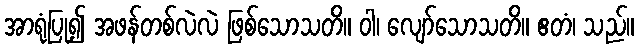
အာရုံပြု၍ အဖန်တစ်လဲလဲ ဖြစ်သောသတိ။ ဝါ၊ လျော်သောသတိ။ ဧတံ၊ သည်။